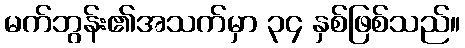
မက်ဘွန်း၏အသက်မှာ ၃၄ နှစ်ဖြစ်သည်။